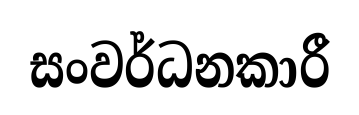
සංවර්ධනකාරී